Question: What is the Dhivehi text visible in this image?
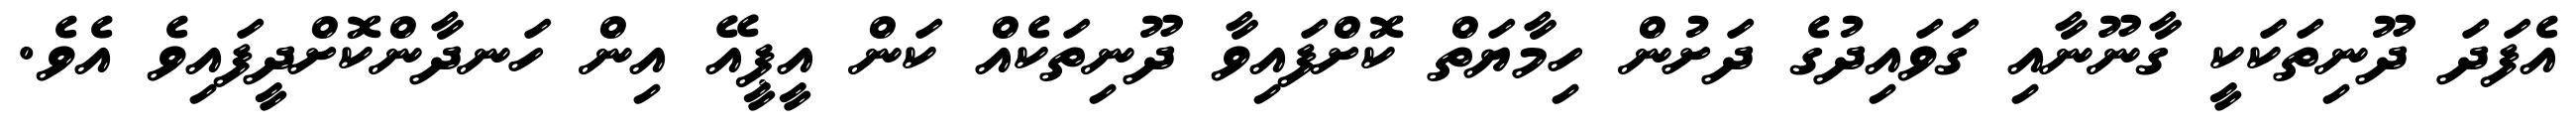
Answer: އެފަދަ ދޫނިތަކަކީ ގާނޫނާއި ގަވައިދުގެ ދަށުން ހިމާޔަތް ކޮށްފައިވާ ދޫނިތަކެއް ކަން އީޕީއޭ އިން ހަނދާންކޮށްދީފައިވެ އެވެ.